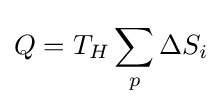
Q=T_{H}\sum _{p}^{}{\Delta S_{i}}